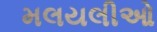
મલયલીઓ